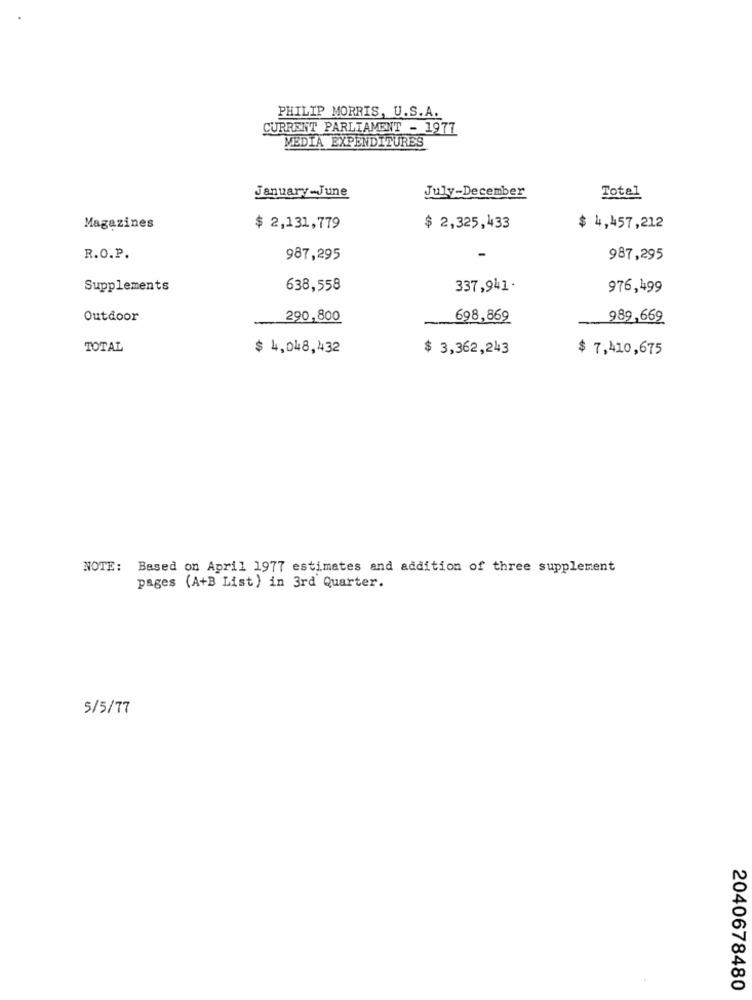
PHILIP MORRIS, U.S.A.
CURRENT PARLIAMENT - 1977
MEDIA EXPENDITURES
January-June
July-December
Total
Magazines
$ 2,131,779
$ 2,325,433
$ 4,457,212
R.O.P.
987,295
-
987,295
Supplements
638,558
337,941.
976,499
Outdoor
290,800
698,869
989,669
TOTAL
$ 4,048,432
$ 3,362,243
$ 7,410,675
NOTE: Based on April 1977 estimates and addition of three supplement
pages (A+B List) in 3rd Quarter.
5/5/77
2040678480